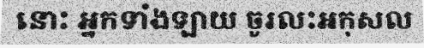
នោះ អ្នកទាំងឡាយ ចូរលះអកុសល